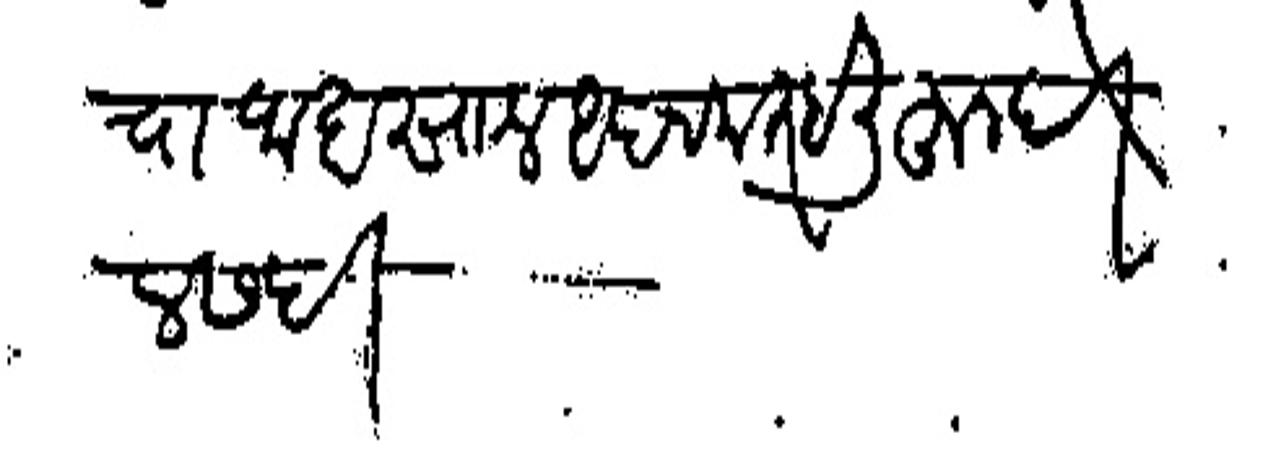
Transliteration (Devanagari): त्याचा जाबसाल आपण करु हे लिहून दिल सही